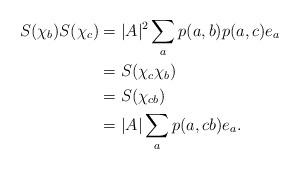
LaTeX: \begin{align*} S(\chi_b)S(\chi_c) &= |A|^2 \sum_a p(a,b)p(a,c) e_a\\ &= S(\chi_c\chi_b)\\ &= S(\chi_{cb})\\ &= |A|\sum_a p(a,cb)e_a. \end{align*}